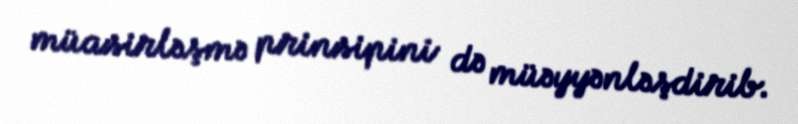
müasirləşmə prinsipini də müəyyənləşdirib.